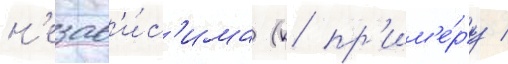
н'езав'и́с'има (к пр'им'е́ру /